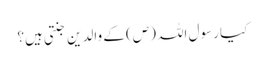
کیا رسول اللہ (ص) کے والدین جنتی ہیں؟